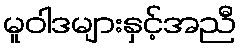
မူဝါဒများနှင့်အညီ